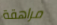
مراهقة